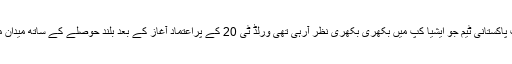
دوسری جانب پاکستانی ٹیم جو ایشیا کپ میں بکھری بکھری نظر آرہی تھی ورلڈ ٹی 20 کے پراعتماد آغاز کے بعد بلند حوصلے کے ساتھ میدان میں اترے گی۔